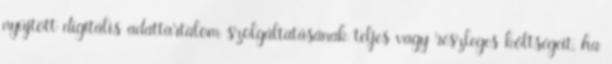
nyújtott digitális adattartalom szolgáltatásának teljes vagy részleges költségeit, ha